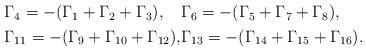
LaTeX: \begin{align*}\begin{alignedat}{2}&\Gamma_4 = -(\Gamma_1 + \Gamma_2 + \Gamma_3),&&\Gamma_6 = -(\Gamma_5 + \Gamma_7 + \Gamma_8),\\&\Gamma_{11} = -(\Gamma_9 + \Gamma_{10} + \Gamma_{12}),&&\Gamma_{13} = -(\Gamma_{14} + \Gamma_{15} + \Gamma_{16}).\end{alignedat}\end{align*}